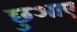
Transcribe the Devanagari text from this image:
छुआए